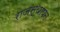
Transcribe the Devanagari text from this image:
राजस्थापन